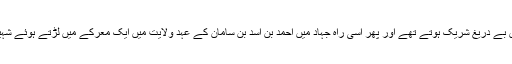
جہاد میں بے دریغ شریک ہوتے تھے اور پھر اسی راہِ جہاد میں احمد بن اسد بن سامان کے عہدِ ولایت میں ایک معرکے میں لڑتے ہوئے شہید ہوئے۔